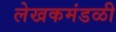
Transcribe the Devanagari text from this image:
लेखकमंडळी